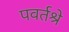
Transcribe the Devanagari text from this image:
पवर्तश्रे